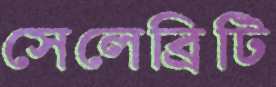
সেলেব্রিটি